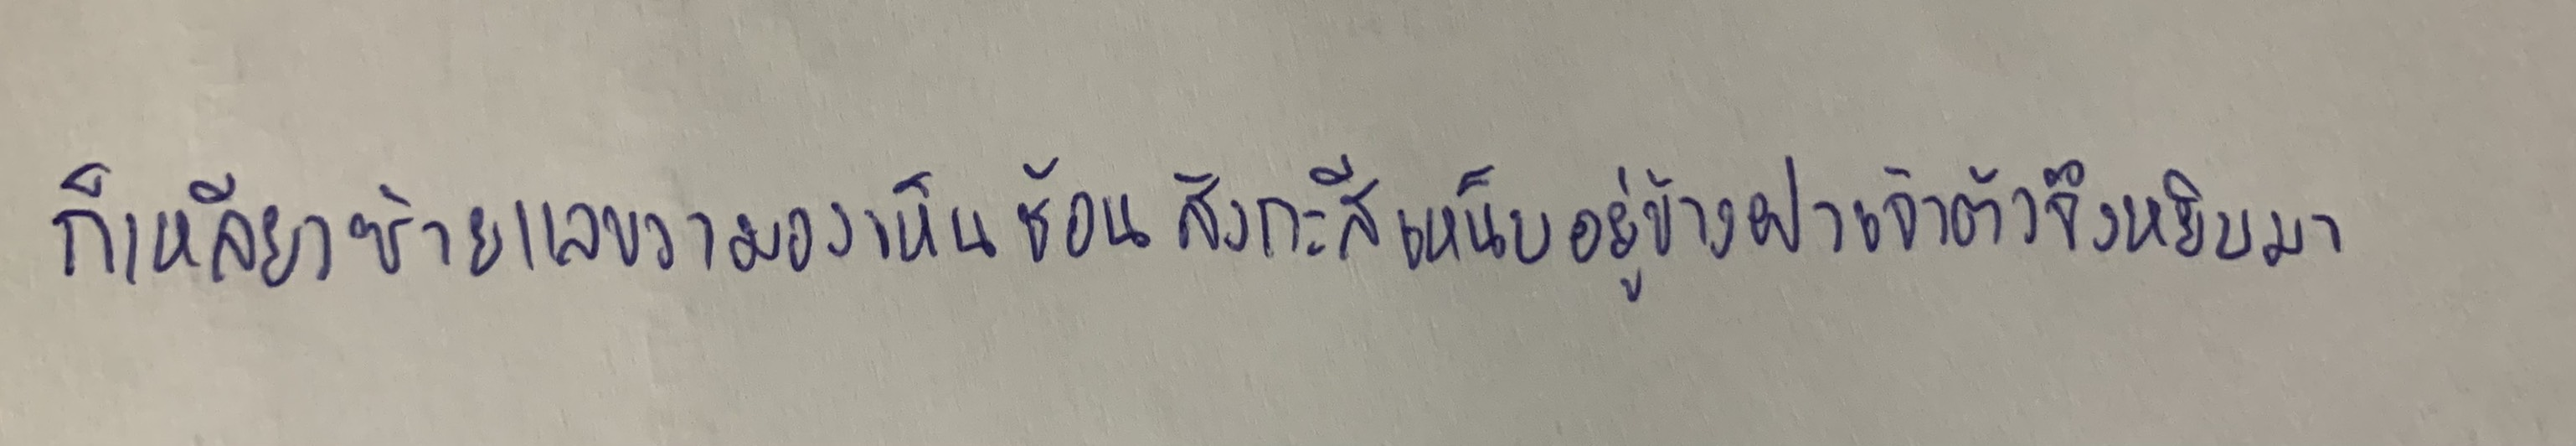
ก็เหลียวซ้ายแลขวามองเห็นช้อนสังกะสีเหน็บอยู่ข้างฝาเจ้าตัวจึงหยิบมา